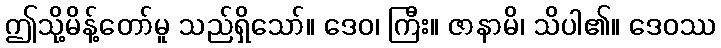
ဤသို့မိန့်တော်မူ သည်ရှိသော်။ ဒေဝ၊ ကြီး။ ဇာနာမိ၊ သိပါ၏။ ဒေဝဿ